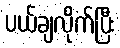
ပယ်ချလိုက်ပြီး